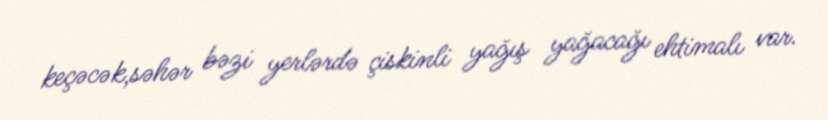
keçəcək,səhər bəzi yerlərdə çiskinli yağış yağacağı ehtimalı var.